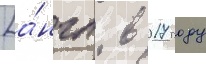
[а́нгл. в 2017 году